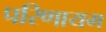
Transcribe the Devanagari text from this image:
परिणायम